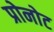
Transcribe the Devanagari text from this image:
प्रोनोट